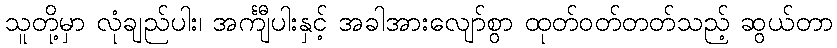
သူတို့မှာ လုံချည်ပါး၊ အင်္ကျီပါးနှင့် အခါအားလျော်စွာ ထုတ်ဝတ်တတ်သည့် ဆွယ်တာ